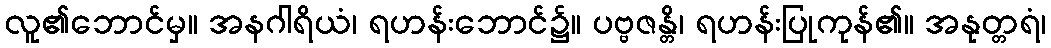
လူ၏ဘောင်မှ။ အနဂါရိယံ၊ ရဟန်းဘောင်၌။ ပဗ္ဗဇန္တိ၊ ရဟန်းပြုကုန်၏။ အနုတ္တရံ၊